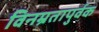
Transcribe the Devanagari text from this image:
विनम्रतापुर्वक